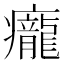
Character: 𤼃